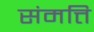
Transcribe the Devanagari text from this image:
संमत्ति